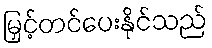
မြှင့်တင်ပေးနိုင်သည်